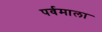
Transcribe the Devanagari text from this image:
पर्वमाला